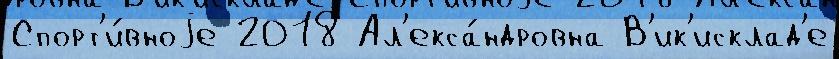
Спорт'и́вноjе 2018 Ал'екса́ндровна В'ик'исклад'е